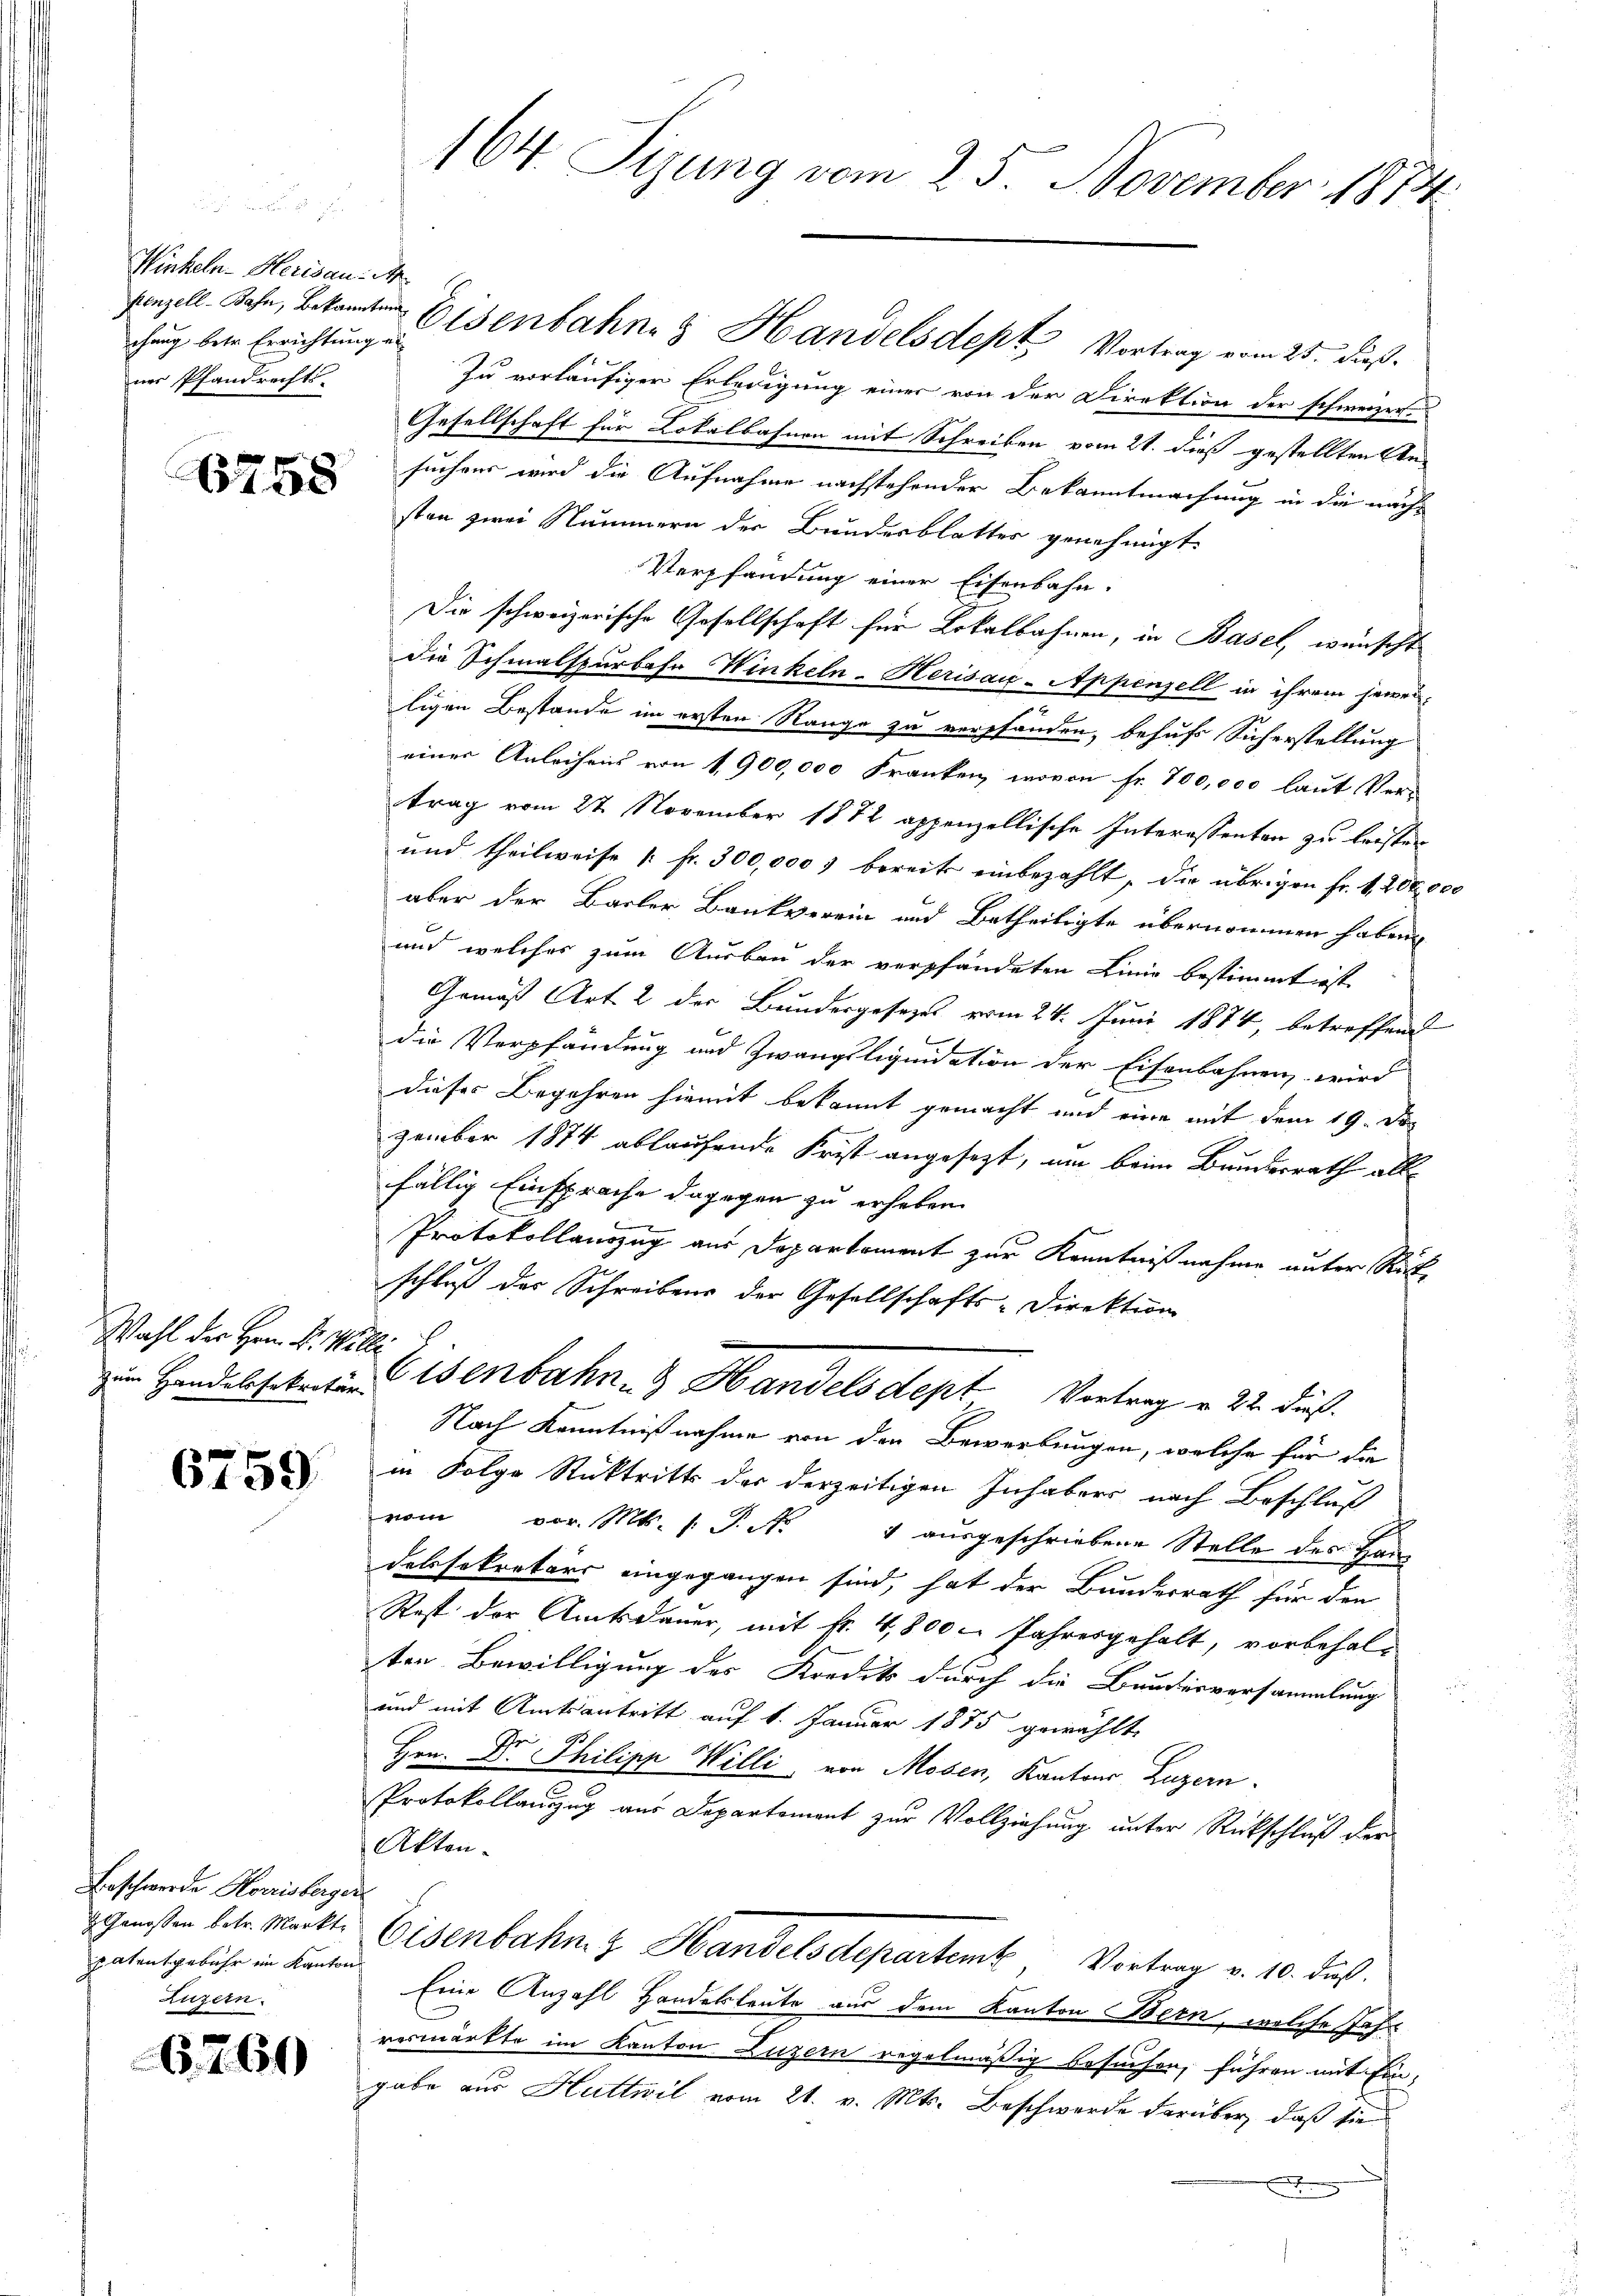
Winkeln-Herisau. M
chung betr. Errichtung an
ner Pfandrechts-

6758

Wahl der Hrn. Fr. Wille

6759.

Beschwerde Korrisberger
Genossen betr. Markt.
patentgebühr im Kantons
Luzern.

6760

164. Sigung vom 25. November 1874

sanzell. Sohn, bekannten Eisenbahne Handelsdept Vortrag vom 25. dieß.
Zu vorläufiger Erledigung einer von der Direktion der schweizer
Gesellschaft für Lokalbahnen mit Schreiben vom 21. dieß gestellten An-
suchens wird die Aufnahme nachstehender Bekanntmachung in die nachsten zwei Nummern der Bundesblatter genehmigt.
Verpfandung einer Eisenbahn.
Die schweizerische Gesellschaft für Lokalbahnen, in Basel, wünscht
die Schmalspurbahn Winkeln-Herisau-Appenzell in ihrem jeweiligen Bestande im ersten Range zu verpfänden, behufs Sicherstellung
einer Anleihens von 1900,000 Franken, wovon Fr. 700,000 laut Vertrag vom 27. November 1872 appenzellische Interessenten zu leisten
und theilweise u. fr. 300,000 bereits einbezahlt, die übrigen Fr. 1200,000
aber der Barler, Bankverein und Betheiligte übernommen haben.
und welches zum Ausbau der verpfändeten Linie bestimmt ist.
Gemäß Art. 2 der Bundergesezes vom 24. Juni 1874, betroffend
n
die Verpfändung und Zwangsliquidation der Eisenbahnen wird
dieses Begehren hiemit bekannt gemacht und eine mit dem 19. De
zember 1874 ablaufende Frist angesezt, um beim Bundesrath allfällig Einsprache dagegen zu erheben
g
Protokollauszug aus Deparkoment zur Kenntnißnahme unter Rückschluß der Schreibens der Gesellschafts-Direktion
im Handelasten Eisenbahn- & Handels dept Vortrag u. 22. dieß.
Nach Kenntnißnahme von den Bewerbungen, welche für die
in Folge Rücktritts der derzeitigen Inhabers nach Beschluß
vom 30. Mts. 1. P. Nr. 4 ausgeschriebene Stelle des Handelssekretärs eingegangen sind, hat der Bundesrath für den
Rest der Amtsdauer, mit Fr. 4,800. Jahresgehalt, vorbehalten Bewilligung des Kredit durch die Bundesversammlung
und mit Amtsantritt auf 1. Januar 1875 gewählt,
Hrn. Dr. Philipp Willi von Mosen, Kantons Luzern.
Protokollanzzug aus Departement zur Vollziehung unter Rückschluß der
Akten.
Eisenbahn & Handelsdepartem Vortrag v. 10. daß
Eine Anzahl Handelsleute aus dem Kanton Bern, welche Jahr
vermarkte im Kanton Luzern regelmäßig besuchen, führen mit Eingabe aus Huttwil vom 21. v. Mts. Beschwerde darüber, daß sie
.